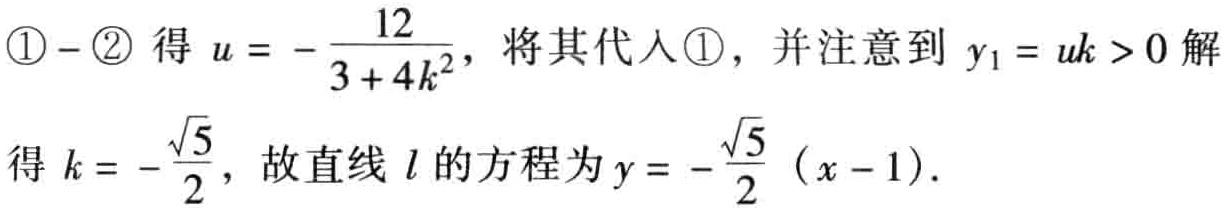
\textcircled{1}$-$\textcircled{2} 得 \(u = -\frac{12}{3 + 4k^{2}}\)，将其代入\textcircled{1}，并注意到 \(y_{1} = uk > 0\) 解得 \(k = -\frac{\sqrt{5}}{2}\)，故直线 \(l\) 的方程为 \(y = -\frac{\sqrt{5}}{2}(x - 1)\)．